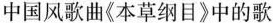
中国风歌曲《本草纲目》中的歌